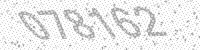
Solution: 078162